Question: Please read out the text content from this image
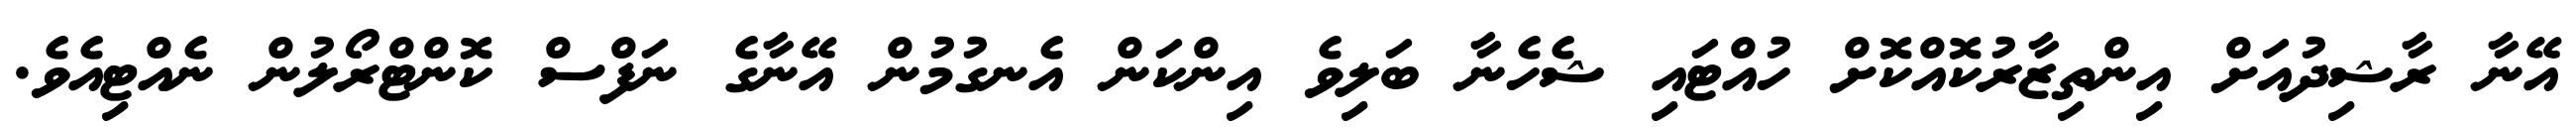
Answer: އޭނާ ރާޝިދުއަށް އިންތިޒާރުކޮއްކޮށް ހުއްޓައި ޝެހެނާ ބަލިވެ އިންކަން އެނގުމުން އޭނާގެ ނަފްސް ކޮންޓްރޯލުން ނެއްޓިއެވެ.